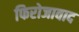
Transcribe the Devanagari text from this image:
फिरोजावाद